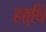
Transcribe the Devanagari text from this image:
हत्थि